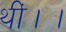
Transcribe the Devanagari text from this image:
थीं।।